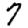
Digit: 7